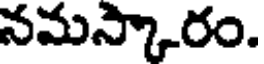
నమస్కారం.